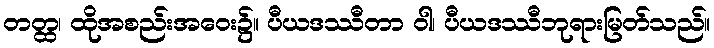
တတ္ထ၊ ထိုအစည်းအဝေး၌။ ပီယဒဿီတာ ဝါ၊ ပီယဒဿီဘုရားမြတ်သည်။